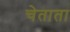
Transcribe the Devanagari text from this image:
चेताता